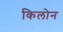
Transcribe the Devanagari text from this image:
किलोन